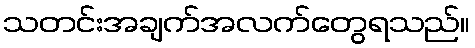
သတင်းအချက်အလက်တွေရသည်။